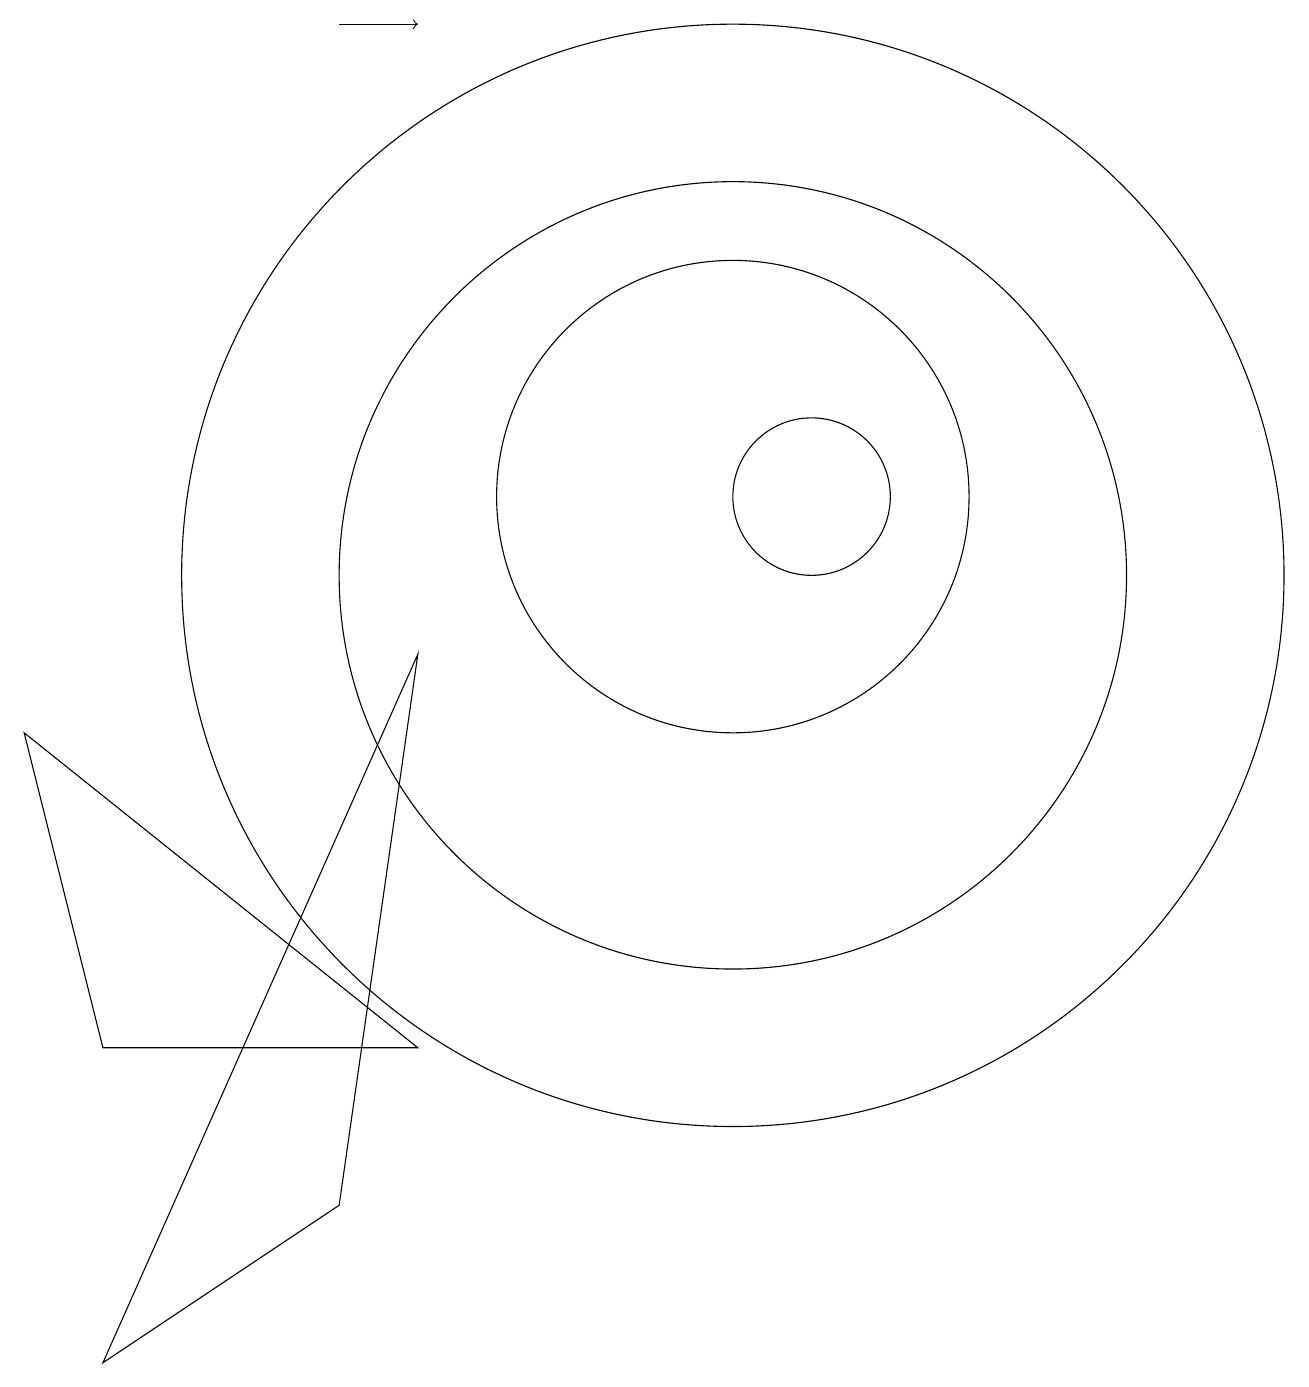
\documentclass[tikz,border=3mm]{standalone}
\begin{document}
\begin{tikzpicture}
\draw (11,10) circle (5);
\draw[->] (6,17) -- (7,17);
\draw (12,11) circle (1);
\draw (11,11) circle (3);
\draw (11,10) circle (7);
\draw (3,0) -- (7,9) -- (6,2) -- cycle;
\draw (3,4) -- (7,4) -- (2,8) -- cycle;
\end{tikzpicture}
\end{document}